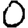
Digit: 0